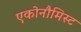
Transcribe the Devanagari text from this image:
एकोनौमिस्ट